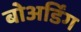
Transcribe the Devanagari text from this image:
बोअर्डिंग